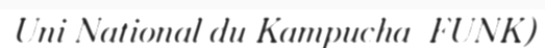
Uni National du Kampucha  FUNK)